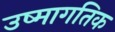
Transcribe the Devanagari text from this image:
उष्मागतिक